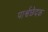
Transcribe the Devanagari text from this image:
पार्श्वछेदक